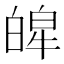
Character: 𤾎